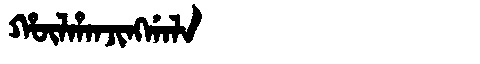
Manchu: ᡥᡡᠯᡥᠠᠨᠵᡳᠩᡤᠠᠯᠠ
Romanization: HŪLHANJINGGALA